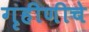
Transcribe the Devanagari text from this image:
गृहीणीचे